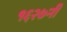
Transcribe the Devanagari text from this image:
१६२७नी